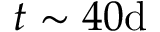
t \sim 4 0 \mathrm { d }